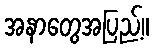
အနာတွေအပြည့်။